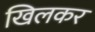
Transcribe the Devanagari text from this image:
खिलकर